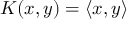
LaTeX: K ( x , y ) = \langle x , y \rangle